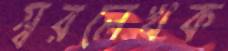
স্বরলেখক